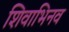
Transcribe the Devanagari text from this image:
शिवाभिनव